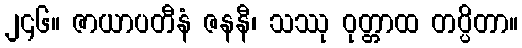
၂၄၆။ ဇာယာပတီနံ ဇနနီ၊ သဿု ဝုတ္တာထ တပ္ပိတာ။